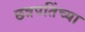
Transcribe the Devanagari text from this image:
छत्रपतिंच्या